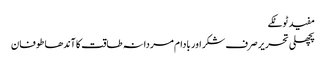
مفید ٹوٹکے
پچھلی تحریر صرف شکر اور بادام مردانہ طاقت کا آندھا طوفان